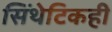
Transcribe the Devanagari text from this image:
सिंथेटिकही